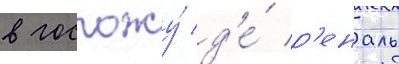
в госпожу́ д'е́ р'еналь